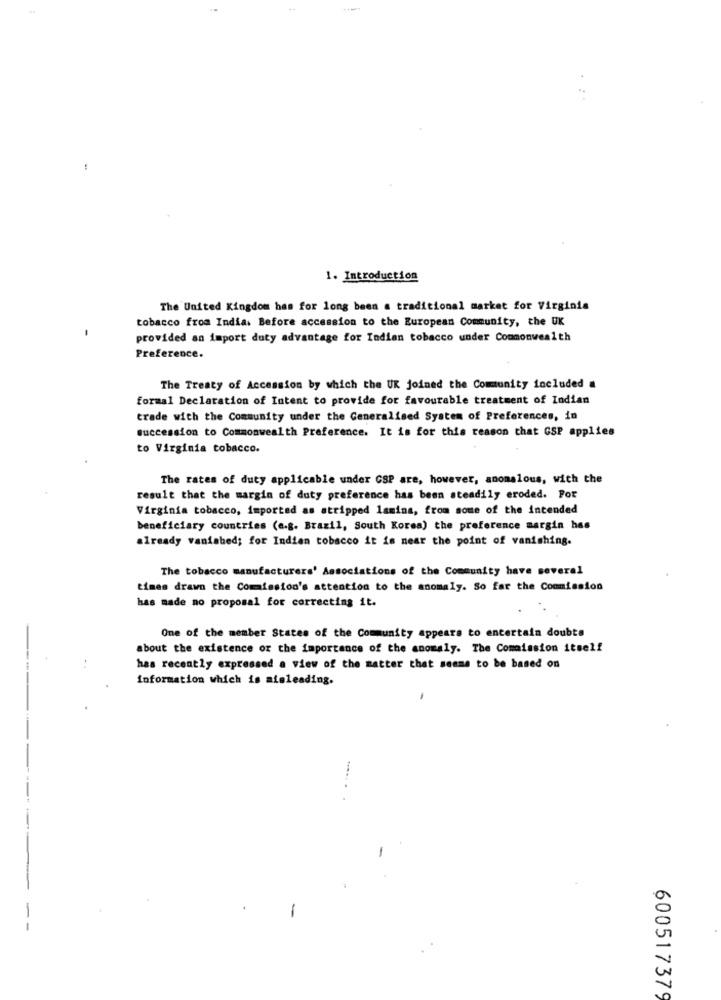
1. Introduction
The United Kingdom has for long been a traditional market for Virginia
tobacco from India. Before accession to the European Community, the UK
provided an import duty advantage for Indian tobacco under Commonwealth
Preference.
The Treaty of Accession by which the UK joined the Community included a
formal Declaration of Intent to provide for favourable treatment of Indian
trade with the Community under the Generalised System of Preferences, in
succession to Commonwealth Preference. It is for this reason that GSP applies
to Virginia tobacco.
The rates of duty applicable under CSP are, however, anomalous, with the
result that the margin of duty preference has been steadily eroded. Por
Virginia tobacco, imported as atripped lamina, from some of the intended
beneficiary countries (e.g. Brazil, South Korea) the preference margin has
already vanished; for Indian tobacco it is near the point of vanishing.
The tobacco manufacturers' Associations of the Community have several
times drawn the Commission's attention to the anomaly. So far the Commission
has made no proposal for correcting it.
One of the member States of the Community appears to entertain doubts
about the existence or the importance of the anomaly. The Commission itself
has recently expressed a view of the matter that seems to be based on
information which is aisleading.
-
600517379